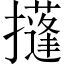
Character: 𢸚